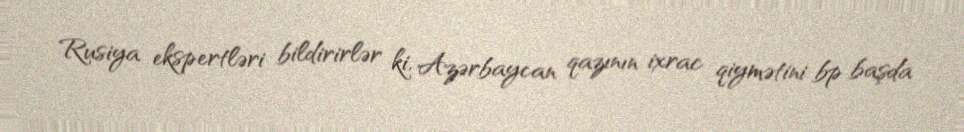
Rusiya ekspertləri bildirirlər ki, Azərbaycan qazının ixrac qiymətini bp başda